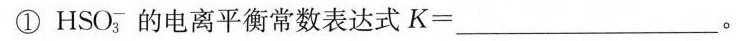
①HSO_{3}^{-}的电离平衡常数表达式$$K = ___。